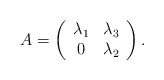
\begin{align*}A = \left( {\begin{array}{*{20}c} {\lambda _1 } & {\lambda _3 } \\ 0 & {\lambda _2 } \\ \end{array} } \right).\end{align*}